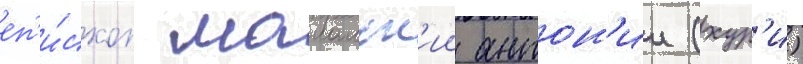
еп'и́скоп маиамск'ии антон'ии (хур'и)